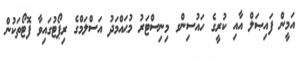
އަމީން ފައިޞަލް އާއި ކުރީގެ ހައުސިންގ މިނިސްޓަރު މުޙައްމަދު އަސްލަމްގެ ރިޕޯޓުގައިވާ ފޮޓޯތަކުން